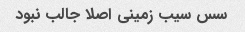
سس سیب زمینی اصلا جالب نبود